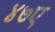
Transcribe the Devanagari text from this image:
४७ए